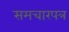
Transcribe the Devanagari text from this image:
समचारपत्र